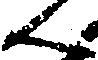
ん